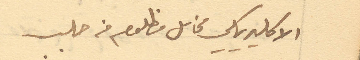
الاكليريكي مخايل مظلوم من حلب